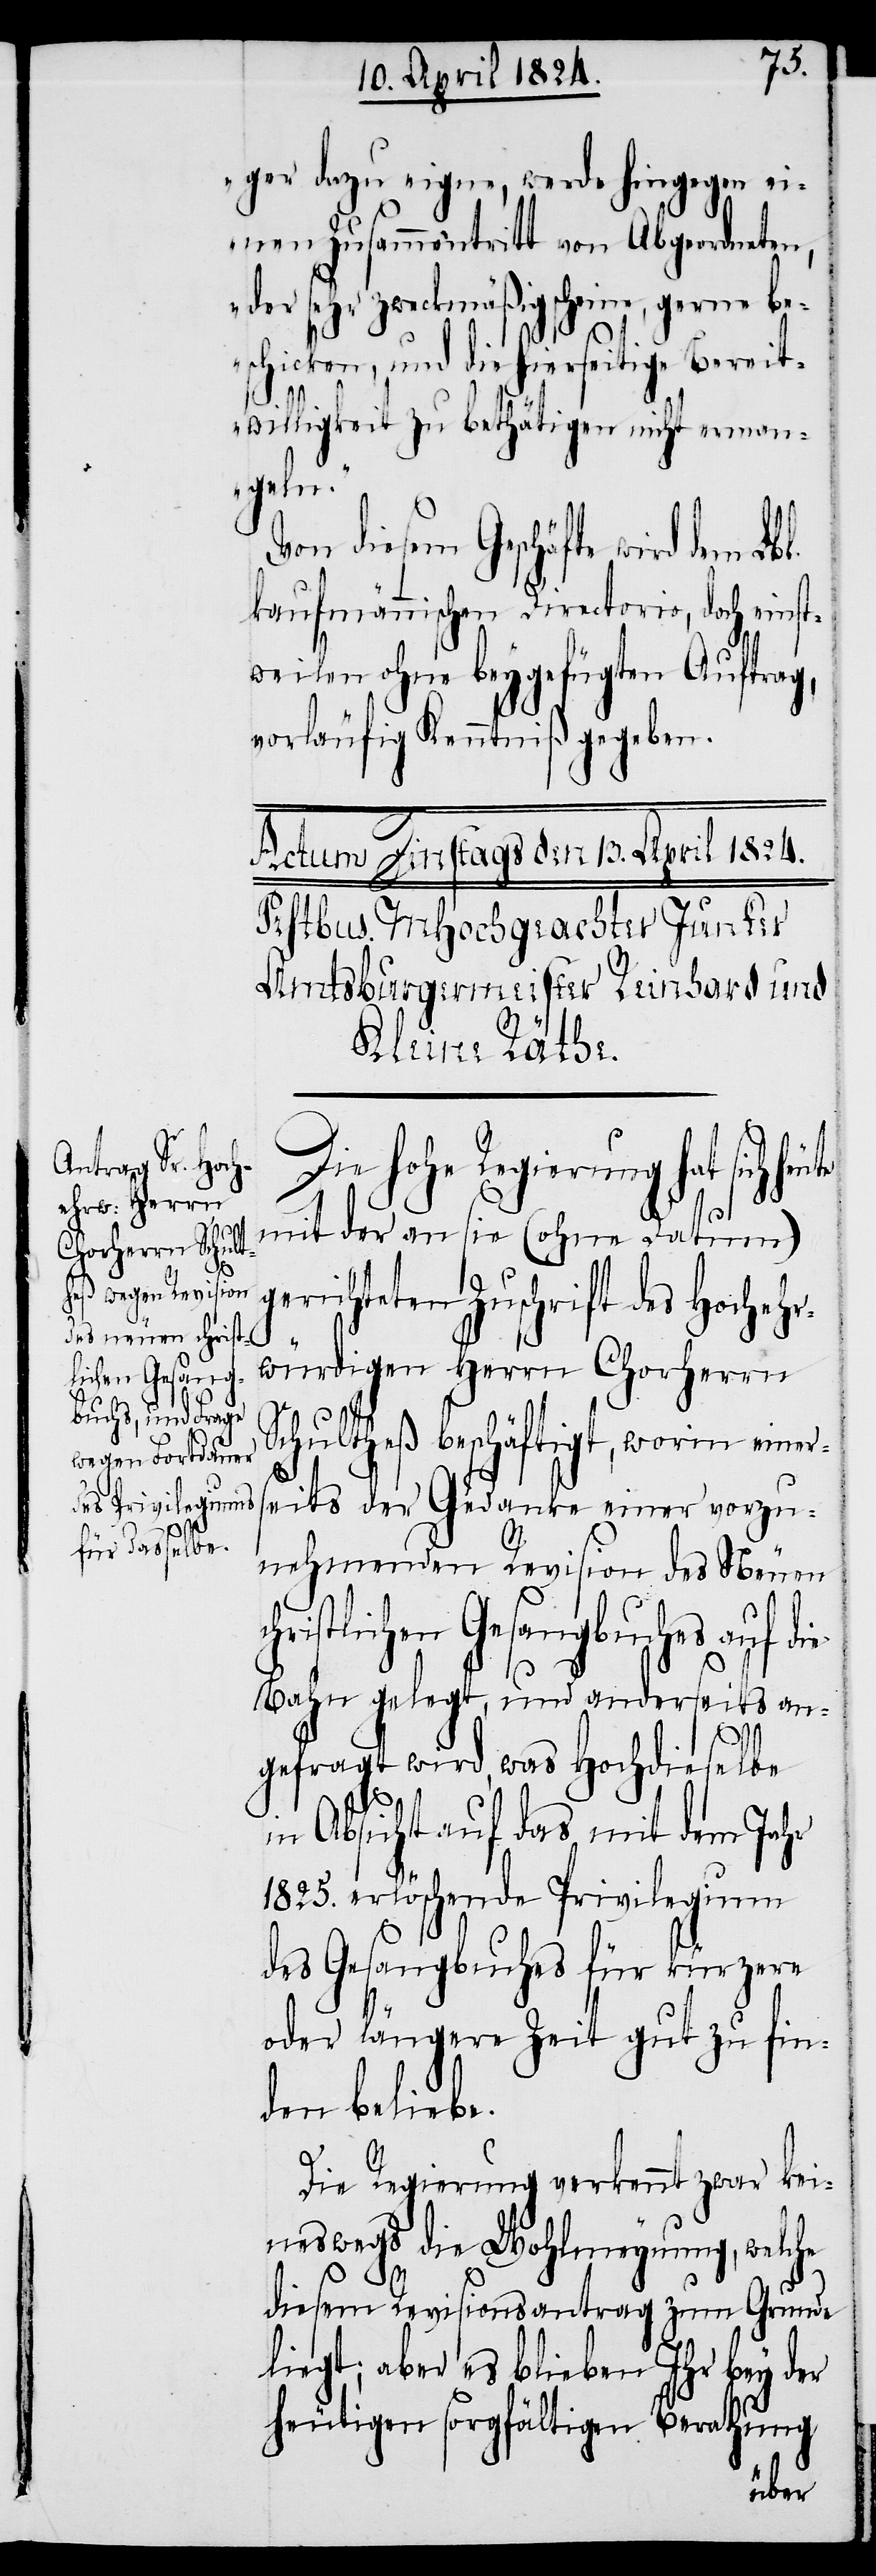
g¬

ger dazu eigne, werde hingegen ei¬
nen Zusammentritt von Abgeordneten,
der sehr zweckmäßig scheine, gerne be¬
schicken, und die hierseitige Bereit¬
willigkeit zu bethätigen nicht erman¬
geln.“
Von diesem Geschäfte wird dem Lb¬
kaufmännischen Directorio, doch einst¬
weilen ohne beygefügten Auftrag,
vorläufig Kenntniß gegeben.
Die hohe Regierung hat sich
mit der an sie (ohne Datum)
erichteten Zuschrift des Hochehr¬
würdigen Herrn Chorherrn
Schultheß beschäftigt, worin einer¬
seits der Gedanke einer vorzu¬
nehmenden Revision des Neuen
hristlichen Gesangbuches auf die
Bahn gelegt, und anderseits an¬
l.
gefragt wird, was Hochdieselbe
in Absicht auf das mit dem Jahr
1825. erlöschende Privilegium
des Gesangbuches für kürzere
oder längere Zeit gut zu fin¬
den beliebe.
c¬
Die Regierung verkennt zwar kei¬
neswegs die Wohlmeynung, welche
diesem Revisionsantrag zum Grunde
liegt; aber es belieben Ihr bey der
heutigen sorgfältigen Berathung